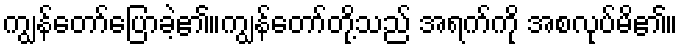
ကျွန်တော်ပြောခဲ့၏။ကျွန်တော်တို့သည် အရက်ကို အစလုပ်မိ၏။